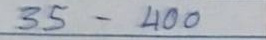
35 - 400